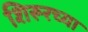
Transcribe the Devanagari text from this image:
शिरूरच्या